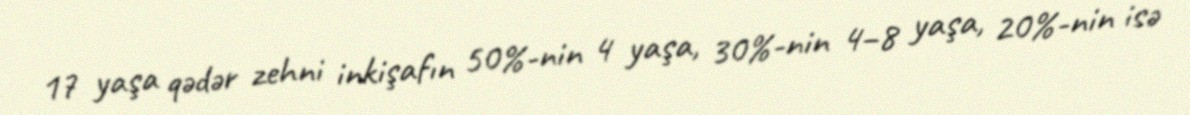
17 yaşa qədər zehni inkişafın 50%-nin 4 yaşa, 30%-nin 4–8 yaşa, 20%-nin isə